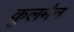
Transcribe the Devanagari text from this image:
कुलमैन